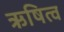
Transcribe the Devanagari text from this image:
ऋषित्व